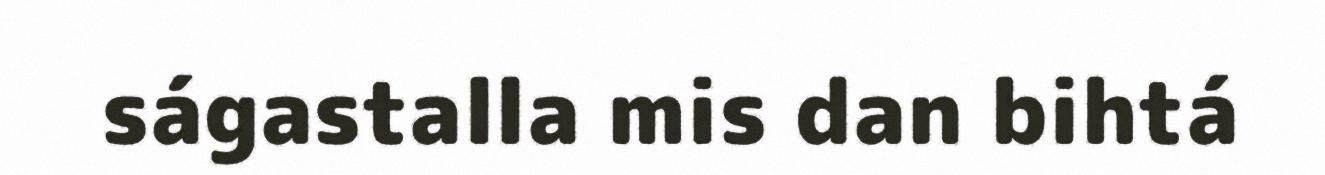
ságastalla mis dan bihtá